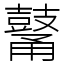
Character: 𪔜